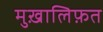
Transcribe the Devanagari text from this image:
मुख़ालिफ़त